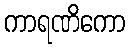
ကာရဏိကော